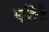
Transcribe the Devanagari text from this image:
एलिज़े